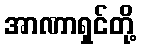
အာဏာရှင်တို့